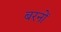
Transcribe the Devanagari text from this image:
बरनों